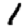
Digit: 1